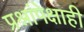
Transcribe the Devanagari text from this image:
प्रश्नांपेक्षाही